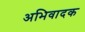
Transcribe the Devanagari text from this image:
अभिवादक